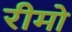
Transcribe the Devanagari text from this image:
रीमो